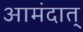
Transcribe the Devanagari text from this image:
आमंदात्‌